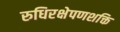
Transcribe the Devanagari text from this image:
रुधिरक्षेपणशक्ति